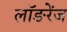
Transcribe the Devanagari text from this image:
लॉङरेंज